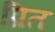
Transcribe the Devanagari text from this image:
प्रित